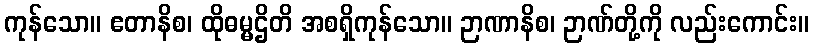
ကုန်သော။ ဧတာနိစ၊ ထိုဓမ္မဌိတိ အစရှိကုန်သော။ ဉာဏာနိစ၊ ဉာဏ်တို့ကို လည်းကောင်း။